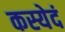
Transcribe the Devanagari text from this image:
कस्येदं